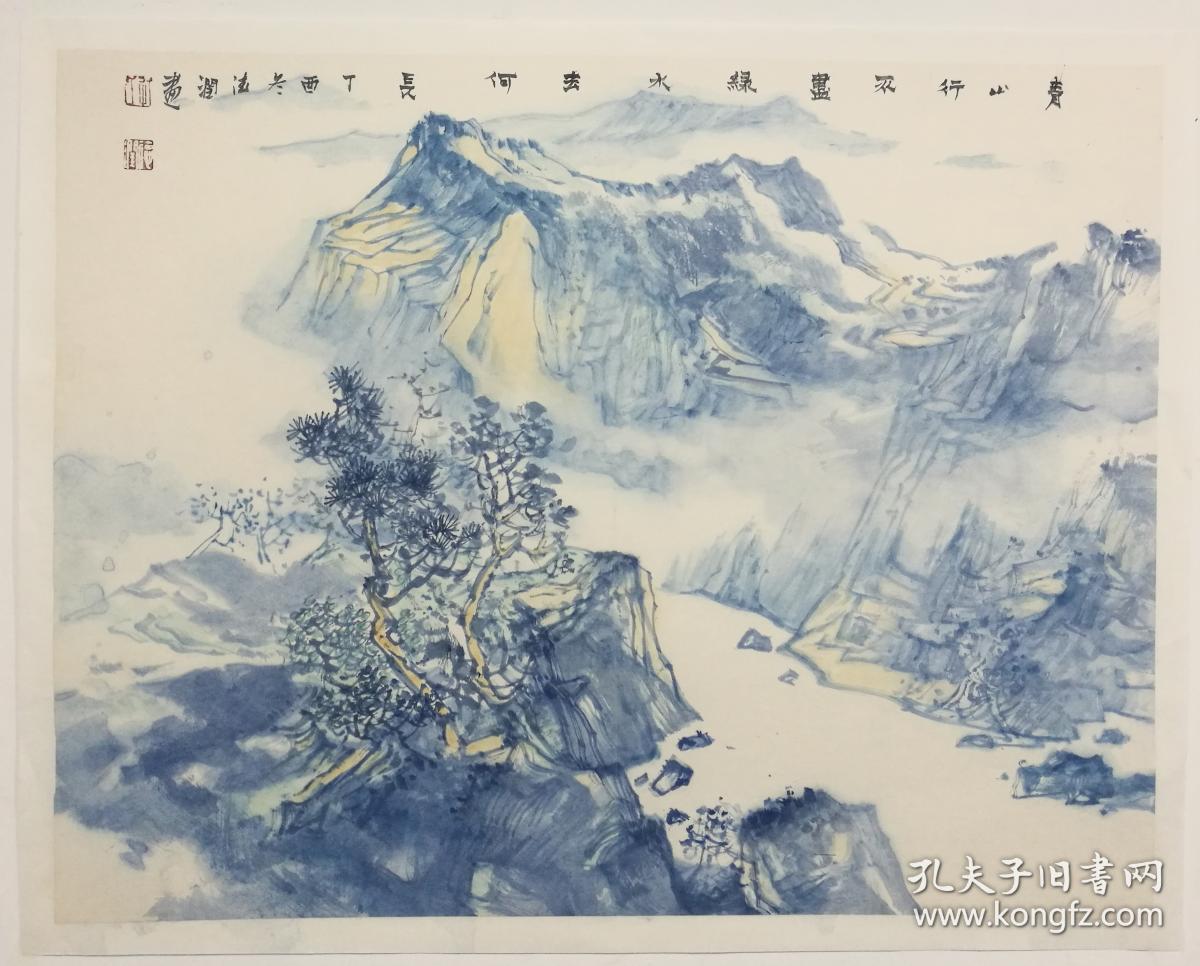
莲渚收香，兰皋浮爽，凉思顿欺班扇。